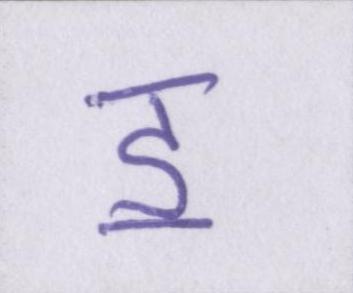
ॾ